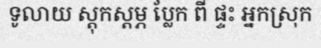
ទូលាយ ស្តុកស្តម្ភ ប្លែក ពី ផ្ទះ អ្នកស្រុក